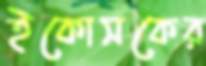
ইকোসকের